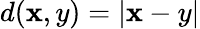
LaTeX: d(\mathbf{x},y)=|\mathbf{x}-y|